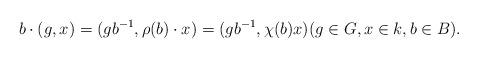
LaTeX: \begin{align*}b\cdot (g,x) = (gb^{-1}, \rho(b)\cdot x) = (gb^{-1}, \chi(b)x)(g\in G, x\in k, b\in B).\end{align*}